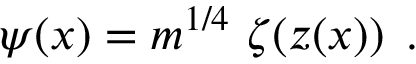
\psi ( x ) = m ^ { 1 / 4 } \ \zeta \! \left( z ( x ) \right) \; .